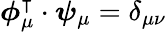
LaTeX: \boldsymbol{\phi}_{\mu}^{\intercal}\cdot\boldsymbol{\psi}_{\mu}=\delta_{\mu\nu}